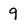
Character: 9